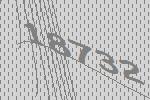
18732